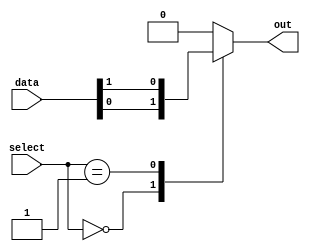
module multiplexer_256_1 (
    input [255:0] data,
    input [7:0] select,
    output reg out
);

always @(select) begin
    case(select)
        8'h00: out = data[0];
        8'h01: out = data[1];
        // Add cases for all 256 input signals
        // ...
        default: out = 1'b0; // Default output is 0 if select is not within range
    endcase
end

endmodule